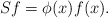
\begin{align*} Sf=\phi(x)f(x).\end{align*}